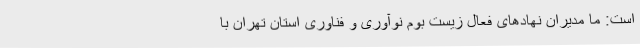
است: ما مدیران نهادهای فعال زیست بوم نوآوری و فناوری استان تهران با